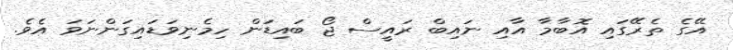
އޭގެ ތެރޭގައި އޮބާމާ އާއި ނައިބް ރައީސް ޖޯ ބައިޑަން ހިމެނިވަޑައިގަންނަވަ އެވެ.